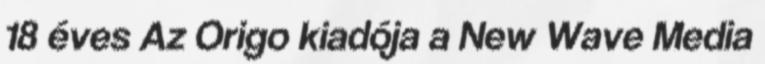
18 éves Az Origo kiadója a New Wave Media